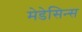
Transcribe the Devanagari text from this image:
मेडेसिन्स